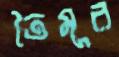
তৈমূর